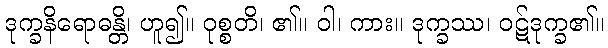
ဒုက္ခနိရောဓန္တိ၊ ဟူ၍။ ဝုစ္စတိ၊ ၏။ ဝါ၊ ကား။ ဒုက္ခဿ၊ ဝဋ်ဒုက္ခ၏။